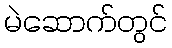
မဲဆောက်တွင်